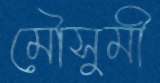
মৌসুমী